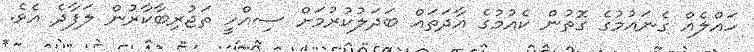
ހައްލެއް ގެނައުމުގެ ގޮތުން ކެއުމުގެ އާދަތައް ބަދަލުކުރުމަށް ސިއްހީ ތަޖުރިބާކާރުން ލަފާދެ އެވެ.